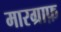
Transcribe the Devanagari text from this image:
मारग्राफ़